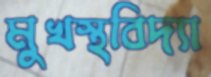
মুখস্থবিদ্যা